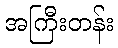
အကြီးတန်း